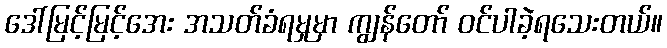
ဒေါ်မြင့်မြင့်အေး အသတ်ခံရမှုမှာ ကျွန်တော် ဝင်ပါခဲ့ရသေးတယ်။